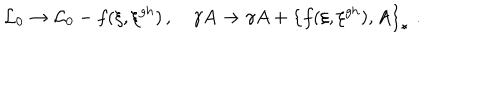
LaTeX: { \mathcal { L } _ { 0 } } \rightarrow { \mathcal { L } _ { 0 } } - f ( \xi , \xi ^ { g h } ) \, , \quad \gamma A \rightarrow \gamma A + \left\{ f ( \xi , \xi ^ { g h } ) , A \right\} _ { \star } \, \, .